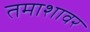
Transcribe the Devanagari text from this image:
तमाशावर